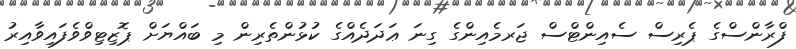
ފްރާންސްގެ ޕެރިސް ސެއިންޓްސް ޖަރމެއިންގެ ގިނަ ޢަދަދެއްގެ ކުޅުންތެރިން މި ބައްޔަށް ޕޮޒިޓިވްވެފައިވާއިރު